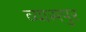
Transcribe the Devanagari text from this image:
व्‍यासपुर